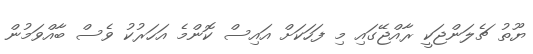
ޔޫތު ޗެލަންޖަކީ ރާއްޖޭގައި މި ފަހަކަށް އައިސް ކޮންމެ އަހަރުކު ވެސް ބާއްވަމުން